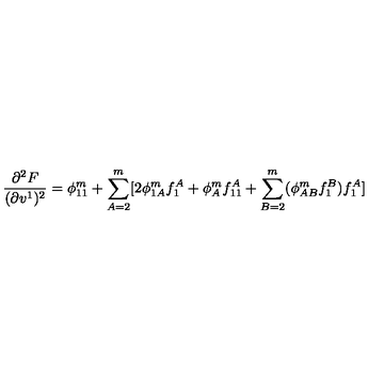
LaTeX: \frac { \partial ^ { 2 } F } { ( \partial v ^ { 1 } ) ^ { 2 } } = \phi _ { 1 1 } ^ { m } + \sum _ { A = 2 } ^ { m } [ 2 \phi _ { 1 A } ^ { m } f _ { 1 } ^ { A } + \phi _ { A } ^ { m } f _ { 1 1 } ^ { A } + \sum _ { B = 2 } ^ { m } ( \phi _ { A B } ^ { m } f _ { 1 } ^ { B } ) f _ { 1 } ^ { A } ]